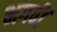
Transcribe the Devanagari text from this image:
भगवीं